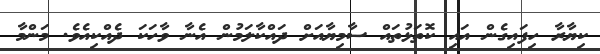
ކިޔާރާ ހިފައިގެން އައި ކޮތަޅުތައް ސާމިޔާއަށް ދައްކާލަމުން އެނާ ވާހަކަ ދެއްކިއެވެ. މަންމާ